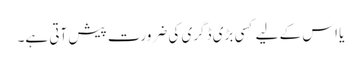
یا اس کے لیے کسی بڑی ڈگری کی ضرورت پیش آتی ہے۔